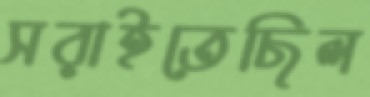
সরাইতেছিল